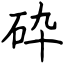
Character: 砕